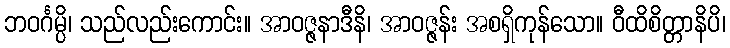
ဘဝင်္ဂမ္ပိ၊ သည်လည်းကောင်း။ အာဝဇ္ဇနာဒီနိ၊ အာဝဇ္ဇန်း အစရှိကုန်သော။ ဝီထိစိတ္တာနိပိ၊